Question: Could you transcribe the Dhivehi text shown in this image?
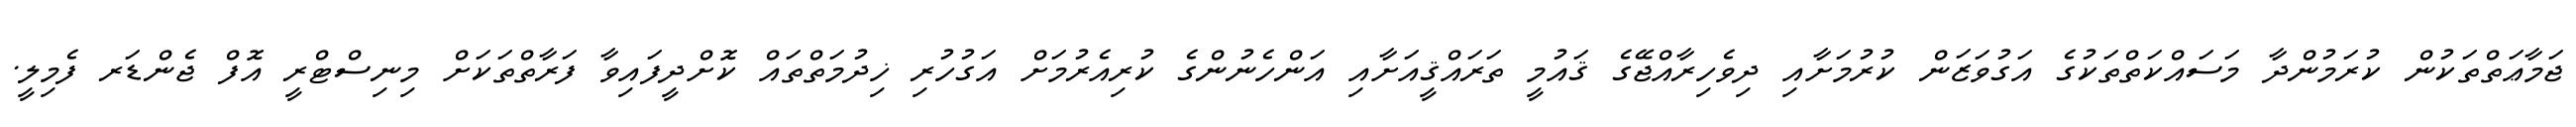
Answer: ޖަމާޢަތްތަކުން ކުރަމުންދާ މަސައްކަތްތަކުގެ އަގުވަޒަން ކުރުމަށާއި ދިވެހިރާއްޖޭގެ ޤައުމީ ތަރައްޤީއަށާއި އަންހެނުންގެ ކުރިއެރުމަށް އަގުހުރި ޚިދުމަތްތައް ކޮށްދީފައިވާ ފަރާތްތަކަށް މިނިސްޓްރީ އޮފް ޖެންޑަރ ފެމިލީ.